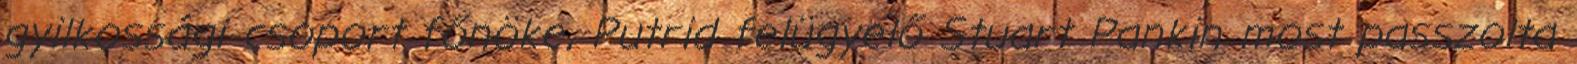
gyilkossági csoport főnöke, Putrid felügyelő Stuart Pankin most passzolta